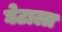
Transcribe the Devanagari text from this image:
घेटाला